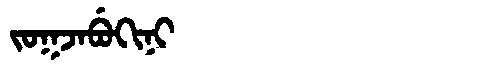
Manchu: ᠵᠣᡴᠵᠠᠪᡠᡴᡳᠨᡳ
Romanization: JOKJABUKINI